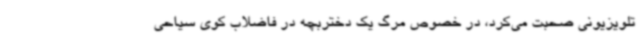
تلویزیونی صحبت می‌کرد، در خصوص مرگ یک دختربچه در فاضلاب کوی سیاحی